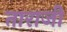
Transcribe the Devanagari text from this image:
ताराजी